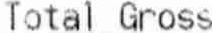
TOTAL GROSS